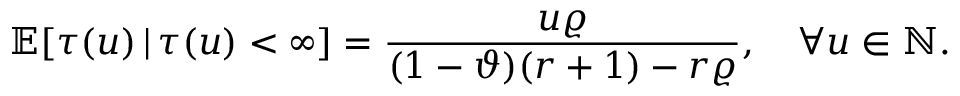
\mathbb { E } [ \tau ( u ) \, | \, \tau ( u ) < \infty ] = \frac { u \varrho } { ( 1 - \vartheta ) ( r + 1 ) - r \varrho } , \quad \forall u \in \mathbb { N } .